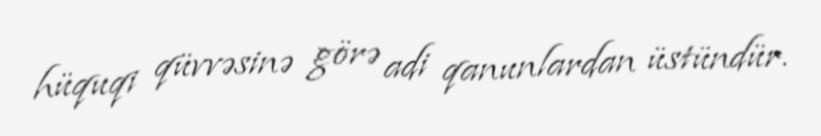
hüquqi qüvvəsinə görə adi qanunlardan üstündür.